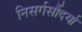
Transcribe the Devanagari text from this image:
निसर्गसौंदर्या